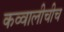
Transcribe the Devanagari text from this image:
कव्वालीचीच